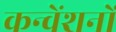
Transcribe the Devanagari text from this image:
कन्वेंशनों